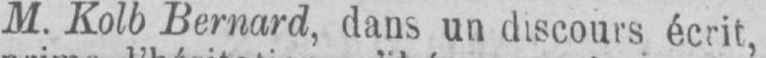
M. Kolb Bernard, dans un discours écrit